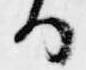
る